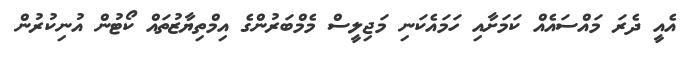
އެއީ ދެރަ މައްސައެއް ކަމަށާއި ހަމައެކަނި މަޖިލީސް މެމްބަރުންގެ އިމްތިޔާޒުތައް ކޯޓުން އުނިކުރުން